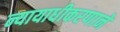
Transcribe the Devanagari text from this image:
न्यायाधीकरणाने